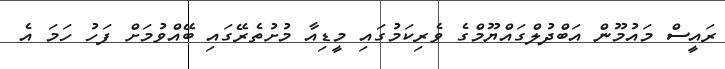
ރައީސް މައުމޫން އަބްދުލްގައްޔޫމްގެ ވެރިކަމުގައި މީޑިއާ މުށުތެރޭގައި ބޭއްވުމަށް ފަހު ހަމަ އެ